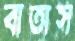
বাতাস